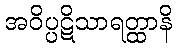
အဝိပ္ပဋိသာရတ္ထာနိ